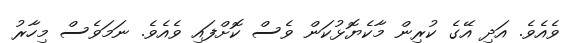
ވެއެވެ. އަދި އޭގެ ކުރިން މާކެޔޮޅުކަން ވެސް ކޮށްފައި ވެއެވެ. ނަމަވެސް މިހާރު